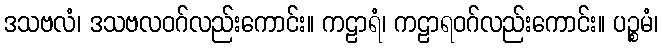
ဒသဗလံ၊ ဒသဗလဝဂ်လည်းကောင်း။ ကဠာရံ၊ ကဠာရဝဂ်လည်းကောင်း။ ပဉ္စမံ၊